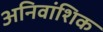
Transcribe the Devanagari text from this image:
अनिवांशिक